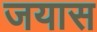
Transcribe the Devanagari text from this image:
जयास